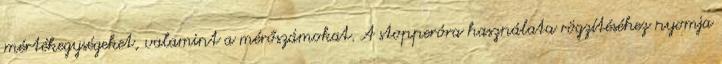
mértékegységeket, valamint a mérőszámokat. A stopperóra használata rögzítéséhez nyomja